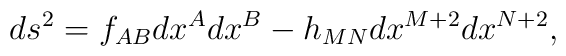
ds^2=f_{AB}dx^A dx^B-h_{MN}dx^{M+2}dx^{N+2},